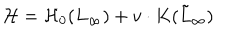
{ \cal H } = { \cal H } _ { 0 } ( L _ { \infty } ) + v \cdot K ( \tilde { L } _ { \infty } )